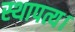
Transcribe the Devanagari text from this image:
स्थापत्य।